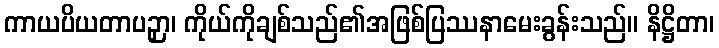
ကာယပိယတာပဉှာ၊ ကိုယ်ကိုချစ်သည်၏အဖြစ်ပြဿနာမေးခွန်းသည်။ နိဋ္ဌိတာ၊